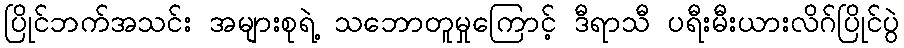
ပြိုင်ဘက်အသင်း အများစုရဲ့ သဘောတူမှုကြောင့် ဒီရာသီ ပရီးမီးယားလိဂ်ပြိုင်ပွဲ